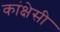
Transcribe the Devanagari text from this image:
कांक्षेसी